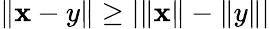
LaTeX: \| \mathbf{x}-y\| \geq|\| \mathbf{x}\| -\| y\| |